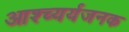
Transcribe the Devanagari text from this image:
आश्च्यर्यजनक